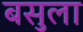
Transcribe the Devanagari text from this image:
बसुला